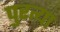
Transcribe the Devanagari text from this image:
पुरत्या